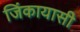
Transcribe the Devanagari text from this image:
जिंकायासी